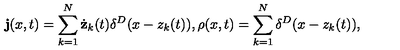
{ \bf j } ( x , t ) = \sum _ { k = 1 } ^ { N } \dot { \bf z } _ { k } ( t ) \delta ^ { D } ( x - z _ { k } ( t ) ) , \rho ( x , t ) = \sum _ { k = 1 } ^ { N } \delta ^ { D } ( x - z _ { k } ( t ) ) ,